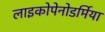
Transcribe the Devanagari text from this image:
लाइकोपेनोडर्मिया